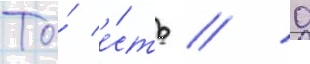
То́ е́сть // 0